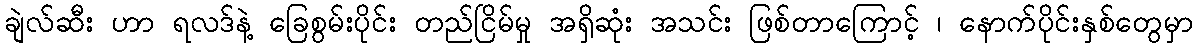
ချဲလ်ဆီး ဟာ ရလဒ်နဲ့ ခြေစွမ်းပိုင်း တည်ငြိမ်မှု အရှိဆုံး အသင်း ဖြစ်တာကြောင့် ၊ နောက်ပိုင်းနှစ်တွေမှာ